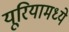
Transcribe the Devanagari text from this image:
यूरियामध्ये